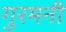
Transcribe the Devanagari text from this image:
गुरमनी